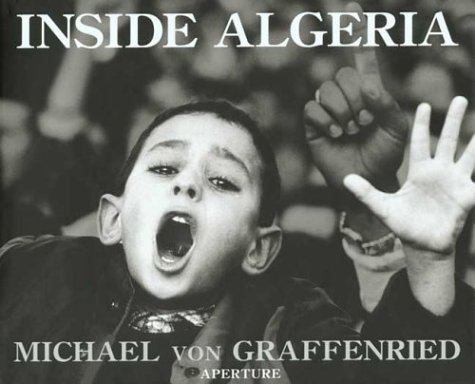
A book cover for Inside Algeria; Travel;